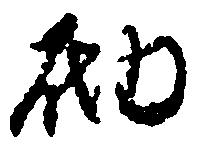
砌